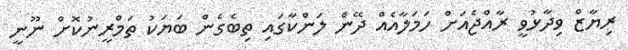
ރިޔާޒް ވިދާޅުވީ ރާއްޖެއަށް ހަމަލާއެއް ދޭން ލަންކާގައި ތިބެގެން ބަޔަކު ތަމްރީނުކޮށް ނޫނީ